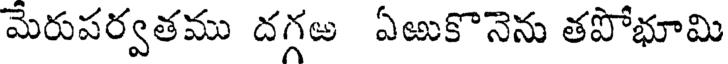
మేరుపర్వతము దగ్గఱ ఏఱుకొనెను తపోభూమి